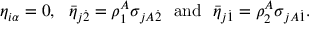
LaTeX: \eta _ { i \alpha } = 0 , ~ ~ \bar { \eta } _ { j \dot { 2 } } = \rho _ { 1 } ^ { A } \sigma _ { j A \dot { 2 } } ~ ~ \mathrm { a n d } ~ ~ \bar { \eta } _ { j \dot { 1 } } = \rho _ { 2 } ^ { A } \sigma _ { j A \dot { 1 } } .